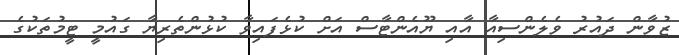
ޒުވާން ދައުރު ވެލެންސިއާ އާއި ޔޫއެންޓާސް އަށް ކުޅެފައިވާ ކުޅުންތެރިޔާ ގައުމީ ޓީމުތަކުގެ